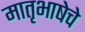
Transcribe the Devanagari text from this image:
मातृभाषेचे